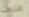
اقترفت